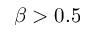
\beta > 0 . 5